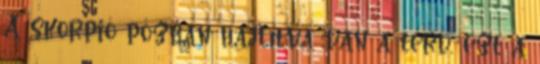
A skorpió pózban hajlítva van a térd, ezt a